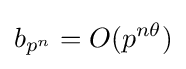
b_{p^{n}}=O(p^{n\theta })